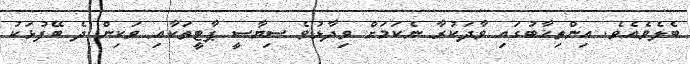
ބެލެވެއެވެ. އިންތިޚާބުގައި ވާދަކުރާ ނެކަމަށް ވިދާޅުވެ ސިޔާސީ ޕާޓީތަކާއި ވަކިން ދެ ބޭފުޅަކު